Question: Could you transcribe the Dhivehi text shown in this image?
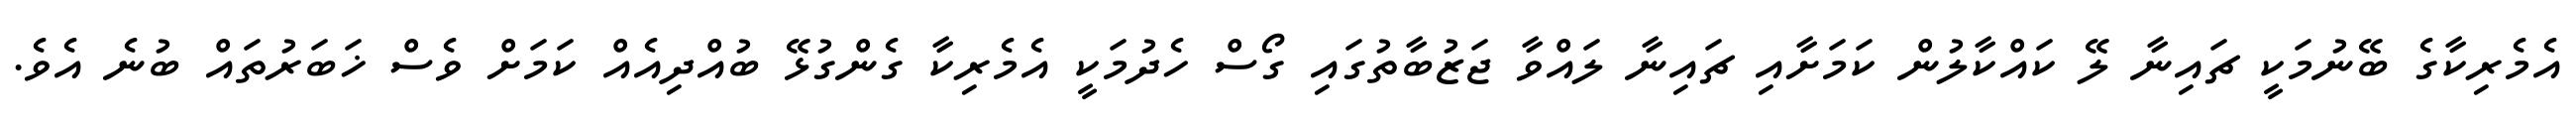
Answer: އެމެރިކާގެ ބޭނުމަކީ ޗައިނާ ލޭ ކައްކާލުން ކަމަށާއި ޗައިނާ ލައްވާ ޖަޒުބާތުގައި ގޯސް ހެދުމަކީ އެމެރިކާ ގެންގުޅޭ ބުއްދިއެއް ކަމަށް ވެސް ޚަބަރުތައް ބުނެ އެވެ.